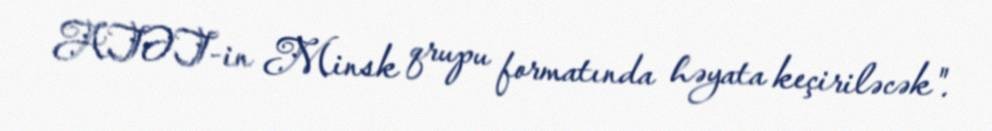
ATƏT-in Minsk qrupu formatında həyata keçiriləcək".